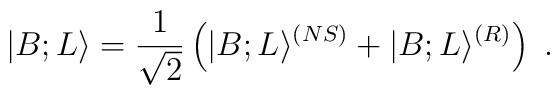
|B;L\rangle={1\over \sqrt{2}}\left(|B;L\rangle^{(NS)}+|B;L\rangle^{(R)}\right)~.